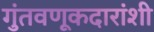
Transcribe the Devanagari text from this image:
गुंतवणूकदारांशी